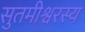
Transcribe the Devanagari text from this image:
सुतमीश्वरस्य